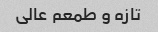
تازه و طمعم عالی